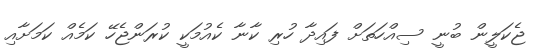
ޖެކަލީން ބުނީ ސިއްހަތަށް ފައިދާ ހުރި ކާނާ ކެއުމަކީ ކުރަންޖެހޭ ކަމެއް ކަމަށާއި